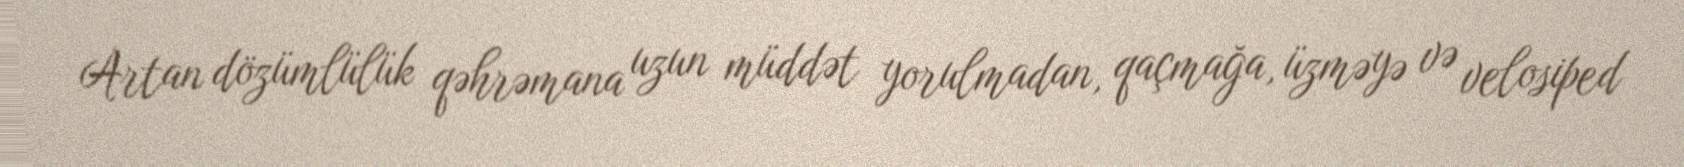
Artan dözümlülük qəhrəmana uzun müddət yorulmadan, qaçmağa, üzməyə və velosiped